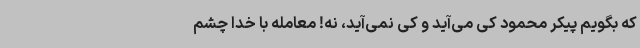
که بگویم پیکر محمود کی می‌آید و کی نمی‌آید، نه! معامله با خدا چشم